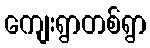
ကျေးရွာတစ်ရွာ